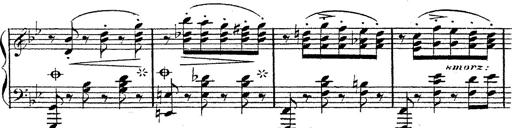
Title: 12 Lieder von Franz Schubert
Composer: Franz Liszt